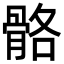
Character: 骼